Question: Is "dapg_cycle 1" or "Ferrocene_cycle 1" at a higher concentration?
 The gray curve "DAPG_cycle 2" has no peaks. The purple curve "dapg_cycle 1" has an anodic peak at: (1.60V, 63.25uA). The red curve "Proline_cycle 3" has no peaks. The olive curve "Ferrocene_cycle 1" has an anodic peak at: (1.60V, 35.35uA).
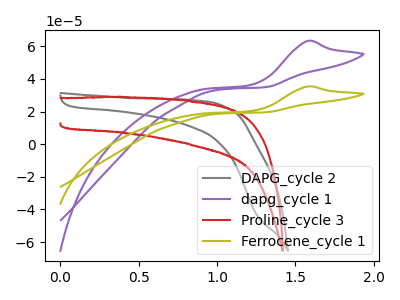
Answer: <think>All the peaks in "dapg_cycle 1" have a peak in "Ferrocene_cycle 1" at the same potential. Every peak in "dapg_cycle 1" is higher than every peak in "Ferrocene_cycle 1".
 </think>
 <answer>"dapg_cycle 1" has more signal than "Ferrocene_cycle 1" and so likely has a higher concentration.</answer>
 <eval>more_concentration</eval>